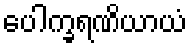
ပေါက္ခရဏိယာယံ